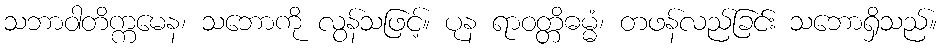
သဘာဝါတိက္ကမေန၊ သဘောကို လွန်သဖြင့်။ ပုန ရာဝတ္တိဓမ္မံ၊ တဖန်လည်ခြင်း သဘောရှိသည်။